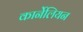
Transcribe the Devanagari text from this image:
कार्नेलियन